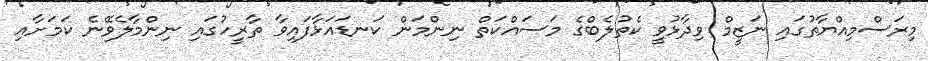
މިރަސްމިއްޔާތުގައި ނަޒީމް ވިދާޅުވީ ކެތުލެބްގެ މަސައްކަތް ނިންމަން ކަނޑައަޅާފައިވާ ތާރީހުގައި ނިންމާލެވޭނެ ކަމަށާއި